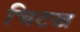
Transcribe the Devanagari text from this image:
चिटख